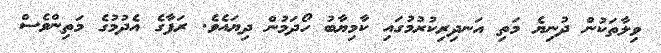
ވިލާތަކުން ދުނިޔެ މަތި އަނދިރިކުރުމުގައި ކާމިޔާބު ހޯދަމުން ދިޔައެވެ. ރަފާގެ އެދުމުގެ މަތިންވެސް